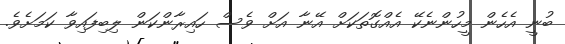
ބުނީ އެހެން މީހުންނެކޭ އެއްގޮތަކަށް އޭނާ އަށް ވެސް ހައިރާންކަން ލިބިފައިވާ ކަމަށެވެ.